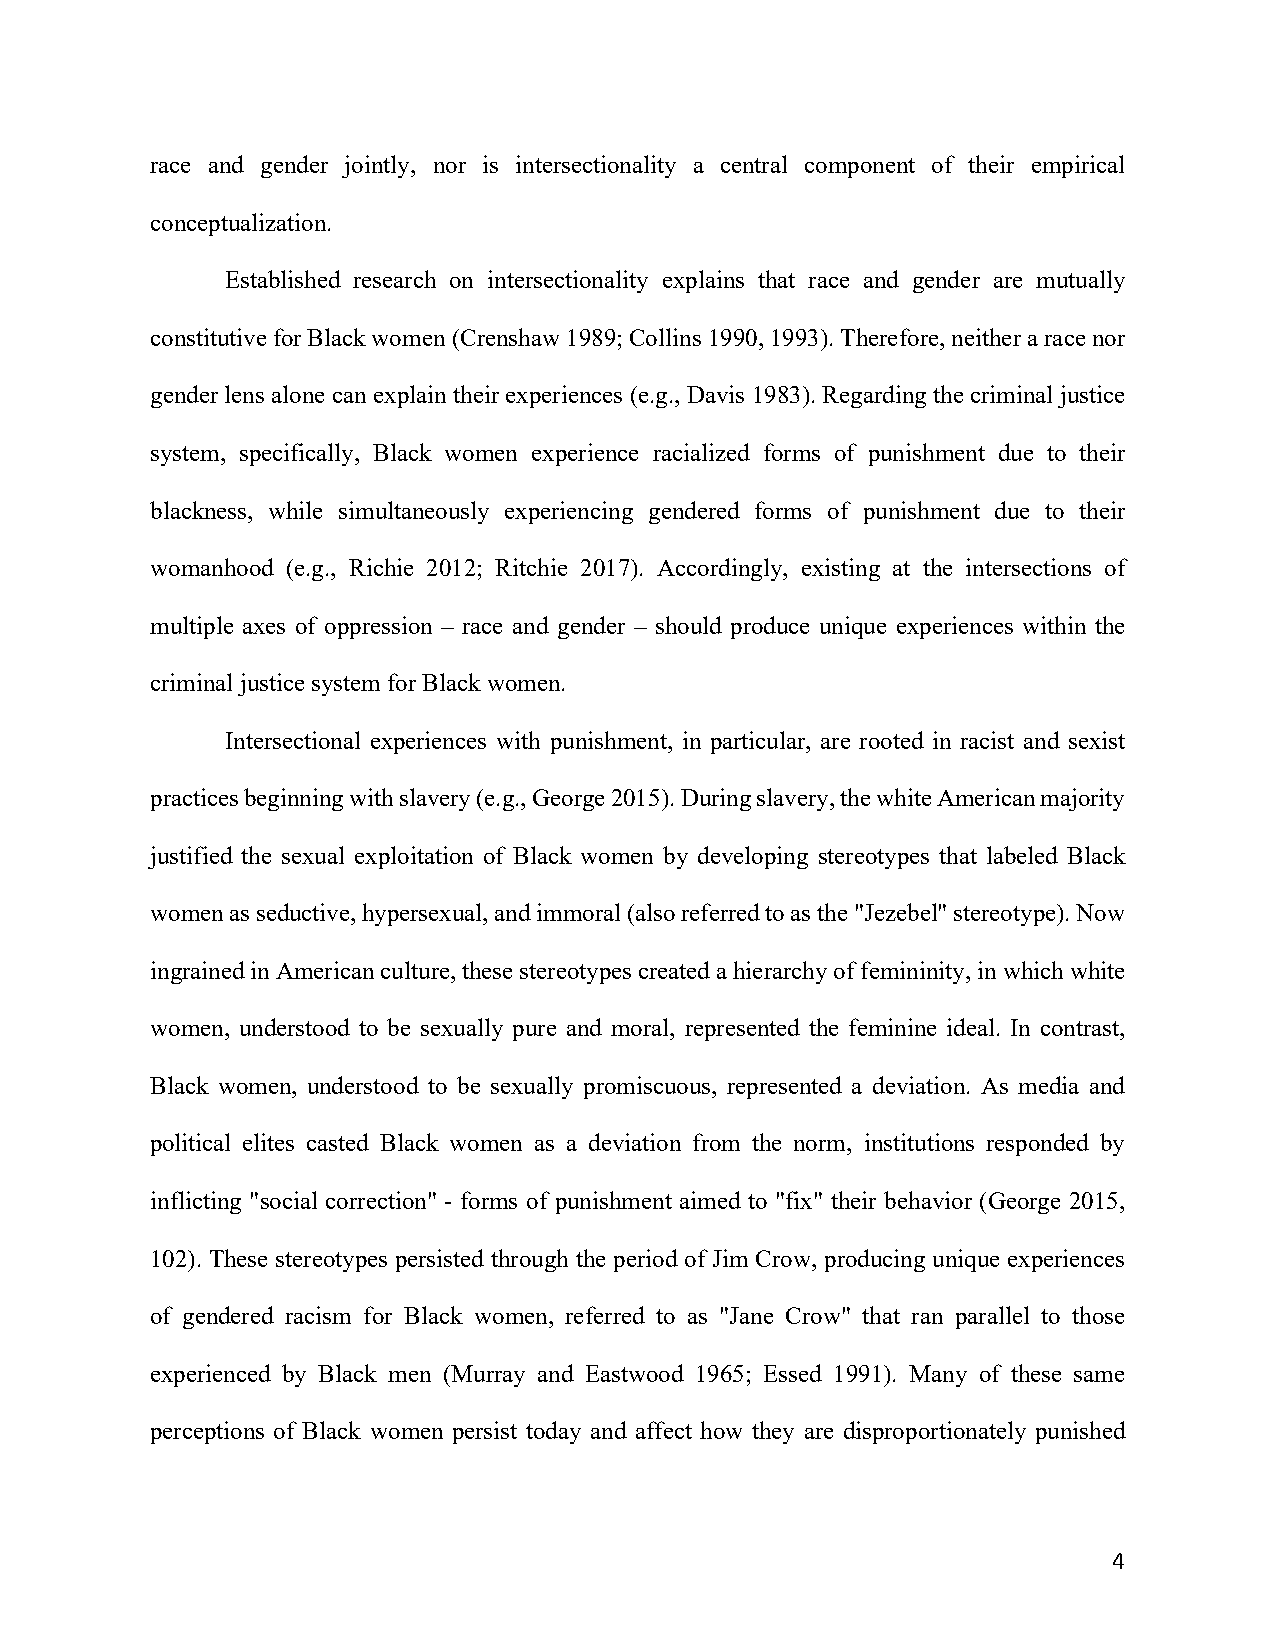
race and gender jointly, nor is intersectionality a central component of their empirical
 conceptualization.
 Established research on intersectionality explains that race and gender are mutually
 constitutive for Black women (Crenshaw 1989; Collins 1990, 1993). Therefore, neither a race nor
 gender lens alone can explain their experiences (e.g., Davis 1983). Regarding the criminal justice
 system, specifically, Black women experience racialized forms of punishment due to their
 blackness, while simultaneously experiencing gendered forms of punishment due to their
 womanhood (e.g., Richie 2012; Ritchie 2017). Accordingly, existing at the intersections of
 multiple axes of oppression – race and gender – should produce unique experiences within the
 criminal justice system for Black women.
 Intersectional experiences with punishment, in particular, are rooted in racist and sexist
 practices beginning with slavery (e.g., George 2015). During slavery, the white American majority
 justified the sexual exploitation of Black women by developing stereotypes that labeled Black
 women as seductive, hypersexual, and immoral (also referred to as the "Jezebel" stereotype). Now
 ingrained in American culture, these stereotypes created a hierarchy of femininity, in which white
 women, understood to be sexually pure and moral, represented the feminine ideal. In contrast,
 Black women, understood to be sexually promiscuous, represented a deviation. As media and
 political elites casted Black women as a deviation from the norm, institutions responded by
 inflicting "social correction" - forms of punishment aimed to "fix" their behavior (George 2015,
 102). These stereotypes persisted through the period of Jim Crow, producing unique experiences
 of gendered racism for Black women, referred to as "Jane Crow" that ran parallel to those
 experienced by Black men (Murray and Eastwood 1965; Essed 1991). Many of these same
 perceptions of Black women persist today and affect how they are disproportionately punished
 4